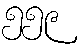
၅၅၉